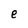
Character: e